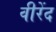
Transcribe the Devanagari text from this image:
वीरेंद